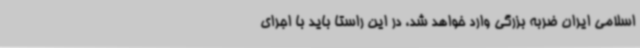
اسلامی ایران ضربه بزرگی وارد خواهد شد، در این راستا باید با اجرای